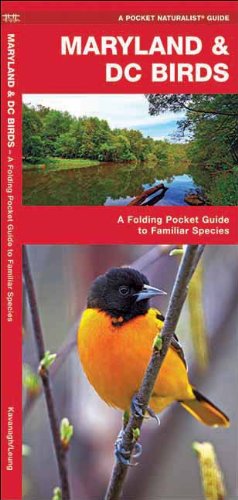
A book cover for Maryland & DC Birds: A Folding Pocket Guide to Familiar Species (Pocket Naturalist Guide Series); James Kavanagh; Travel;